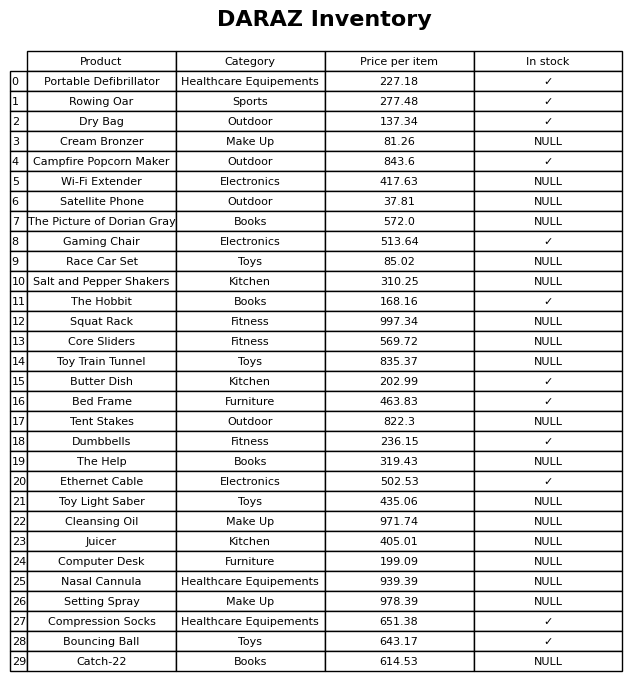
question: What is the price for Squat Rack?
answer: The price of Squat Rack is 997.34.